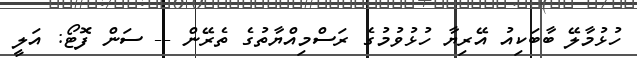
ހުޅުމާލޭ ބާބަކިއު އޭރިޔާ ހުޅުވުމުގެ ރަސްމިއްޔާތުގެ ތެރޭން -- ސަން ފޮޓޯ: އަލީ